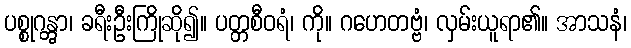
ပစ္စုဂန္တွာ၊ ခရီးဦးကြိုဆို၍။ ပတ္တစီဝရံ၊ ကို။ ဂဟေတဗ္ဗံ၊ လှမ်းယူရာ၏။ အာသနံ၊